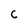
Character: C